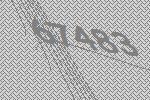
67483